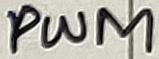
Text: PWM